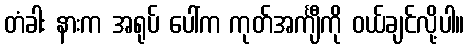
တံခါး နားက အရုပ် ပေါ်က ကုတ်အင်္ကျီကို ဝယ်ချင်လို့ပါ။